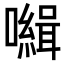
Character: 𡃃